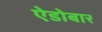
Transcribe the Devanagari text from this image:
ऐडोबार